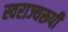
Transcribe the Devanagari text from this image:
स्वराज्यरूपी